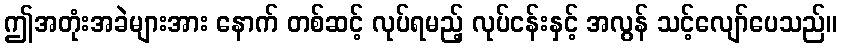
ဤအတုံးအခဲများအား နောက် တစ်ဆင့် လုပ်ရမည့် လုပ်ငန်းနှင့် အလွန် သင့်လျော်ပေသည်။